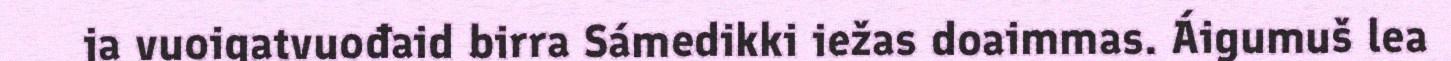
ja vuoigatvuođaid birra Sámedikki iežas doaimmas. Áigumuš lea